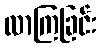
လာကြခြင်း